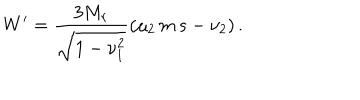
LaTeX: W ^ { \prime } = \frac { 3 M _ { r } } { \sqrt { 1 - \nu _ { 1 } ^ { 2 } } } \left( \mu _ { 2 } \, m \, s - \nu _ { 2 } \right) .